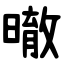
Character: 㬚